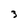
Character: 3